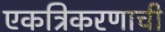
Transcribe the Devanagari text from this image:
एकत्रिकरणाची